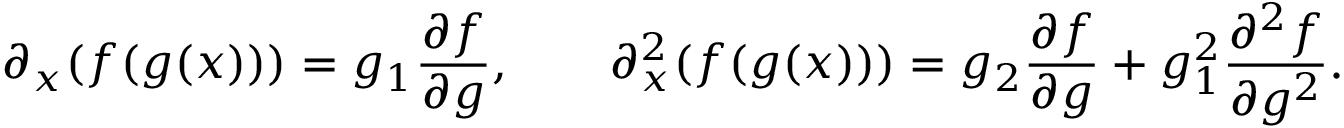
\partial _ { x } ( f ( g ( x ) ) ) = g _ { 1 } \frac { \partial f } { \partial g } , \qquad \partial _ { x } ^ { 2 } ( f ( g ( x ) ) ) = g _ { 2 } \frac { \partial f } { \partial g } + g _ { 1 } ^ { 2 } \frac { \partial ^ { 2 } f } { \partial g ^ { 2 } } .